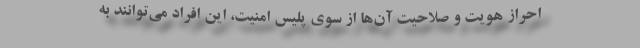
احراز هویت و صلاحیت آن‌ها از سوی پلیس امنیت، این افراد می‌توانند به